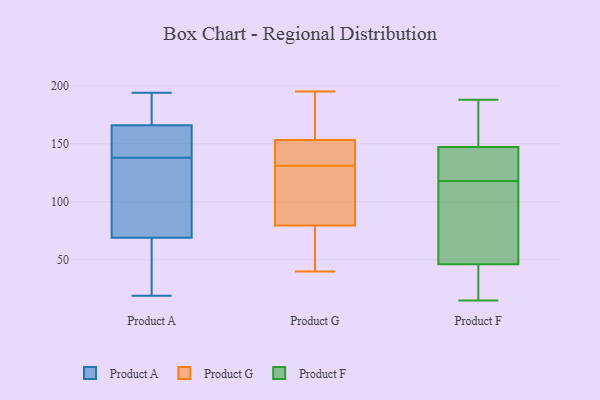
{"axis": {"x": "Backlog", "y": "Value"}, "legend": ["Product A", "Product F", "Product G"], "data": [{"x": "", "y": 47, "type": "Product A"}, {"x": "", "y": 103, "type": "Product A"}, {"x": "", "y": 166, "type": "Product A"}, {"x": "", "y": 145, "type": "Product A"}, {"x": "", "y": 181, "type": "Product A"}, {"x": "", "y": 179, "type": "Product A"}, {"x": "", "y": 67, "type": "Product A"}, {"x": "", "y": 126, "type": "Product A"}, {"x": "", "y": 193, "type": "Product A"}, {"x": "", "y": 69, "type": "Product A"}, {"x": "", "y": 143, "type": "Product A"}, {"x": "", "y": 194, "type": "Product A"}, {"x": "", "y": 143, "type": "Product A"}, {"x": "", "y": 19, "type": "Product A"}, {"x": "", "y": 160, "type": "Product A"}, {"x": "", "y": 133, "type": "Product A"}, {"x": "", "y": 66, "type": "Product A"}, {"x": "", "y": 83, "type": "Product A"}, {"x": "", "y": 159, "type": "Product G"}, {"x": "", "y": 45, "type": "Product G"}, {"x": "", "y": 119, "type": "Product G"}, {"x": "", "y": 133, "type": "Product G"}, {"x": "", "y": 102, "type": "Product G"}, {"x": "", "y": 72, "type": "Product G"}, {"x": "", "y": 136, "type": "Product G"}, {"x": "", "y": 195, "type": "Product G"}, {"x": "", "y": 173, "type": "Product G"}, {"x": "", "y": 131, "type": "Product G"}, {"x": "", "y": 40, "type": "Product G"}, {"x": "", "y": 142, "type": "Product F"}, {"x": "", "y": 15, "type": "Product F"}, {"x": "", "y": 188, "type": "Product F"}, {"x": "", "y": 141, "type": "Product F"}, {"x": "", "y": 71, "type": "Product F"}, {"x": "", "y": 160, "type": "Product F"}, {"x": "", "y": 50, "type": "Product F"}, {"x": "", "y": 132, "type": "Product F"}, {"x": "", "y": 20, "type": "Product F"}, {"x": "", "y": 118, "type": "Product F"}, {"x": "", "y": 149, "type": "Product F"}, {"x": "", "y": 35, "type": "Product F"}, {"x": "", "y": 57, "type": "Product F"}, {"x": "", "y": 34, "type": "Product F"}, {"x": "", "y": 155, "type": "Product F"}, {"x": "", "y": 111, "type": "Product F"}, {"x": "", "y": 45, "type": "Product F"}, {"x": "", "y": 167, "type": "Product F"}, {"x": "", "y": 139, "type": "Product F"}]}